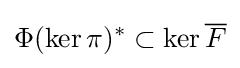
\Phi (\ker \pi )^{*}\subset \ker {\overline {F}}